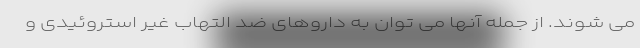
می شوند. از جمله آنها می توان به داروهای ضد التهاب غیر استروئیدی و